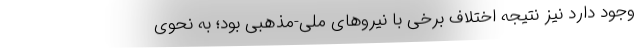
وجود دارد نیز نتیجه اختلاف برخی با نیروهای ملی-مذهبی بود؛ به نحوی